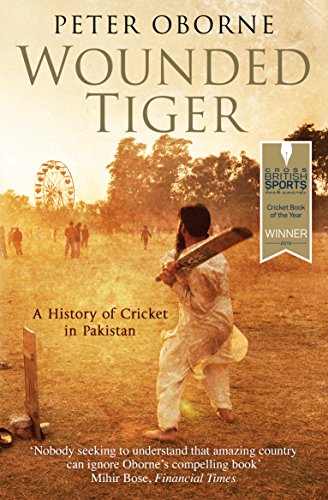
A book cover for Wounded Tiger : A History Of Cricket in Pakistan; peter Oborne; Sports & Outdoors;